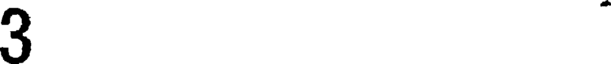
3